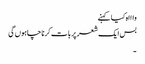
واااہ کیا کہنے
بس ایک شعر پر بات کرنا چاہوں گی
۔